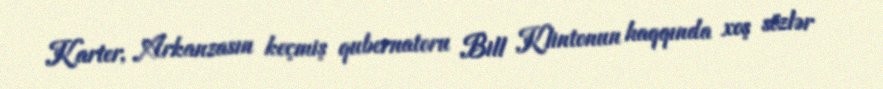
Karter, Arkanzasın keçmiş qubernatoru Bill Klintonun haqqında xoş sözlər